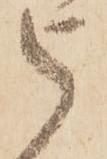
被